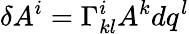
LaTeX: \delta A^{i}=\Gamma_{kl}^{i}A^{k}dq^{l}